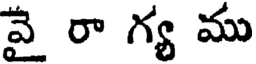
వై రా గ్య ము